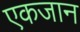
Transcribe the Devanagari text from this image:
एकजान